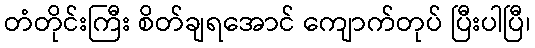
တံတိုင်းကြီး စိတ်ချရအောင် ကျောက်တုပ် ပြီးပါပြီ၊